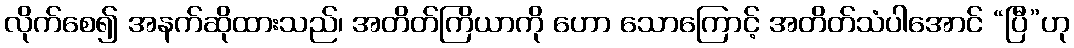
လိုက်စေ၍ အနက်ဆိုထားသည်၊ အတိတ်ကြိယာကို ဟော သောကြောင့် အတိတ်သံပါအောင် “ပြီ”ဟု